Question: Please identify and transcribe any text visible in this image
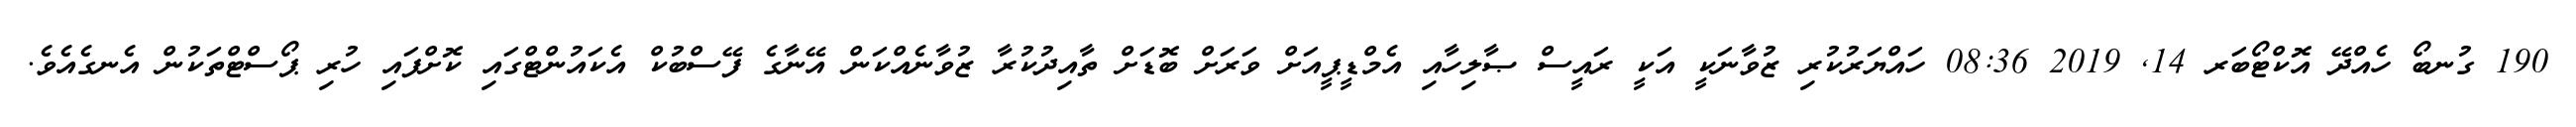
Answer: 190 ގުނބޯ ހެއްދޭ އޮކްޓޯބަރ 14, 2019 08:36 ހައްޔަރުކުރި ޒުވާނަކީ އަކީ ރައީސް ޞާލިހާއި އެމްޑީޕީއަށް ވަރަށް ބޮޑަށް ތާއިދުކުރާ ޒުވާނެއްކަން އޭނާގެ ފޭސްބުކް އެކައުންޓްގައި ކޮށްފައި ހުރި ޕޯސްޓްތަކުން އެނގެއެވެ.